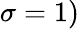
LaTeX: \sigma=1)